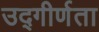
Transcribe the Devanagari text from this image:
उद्गीर्णता